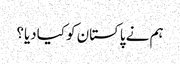
ہم نے پاکستان کو کیادیا؟